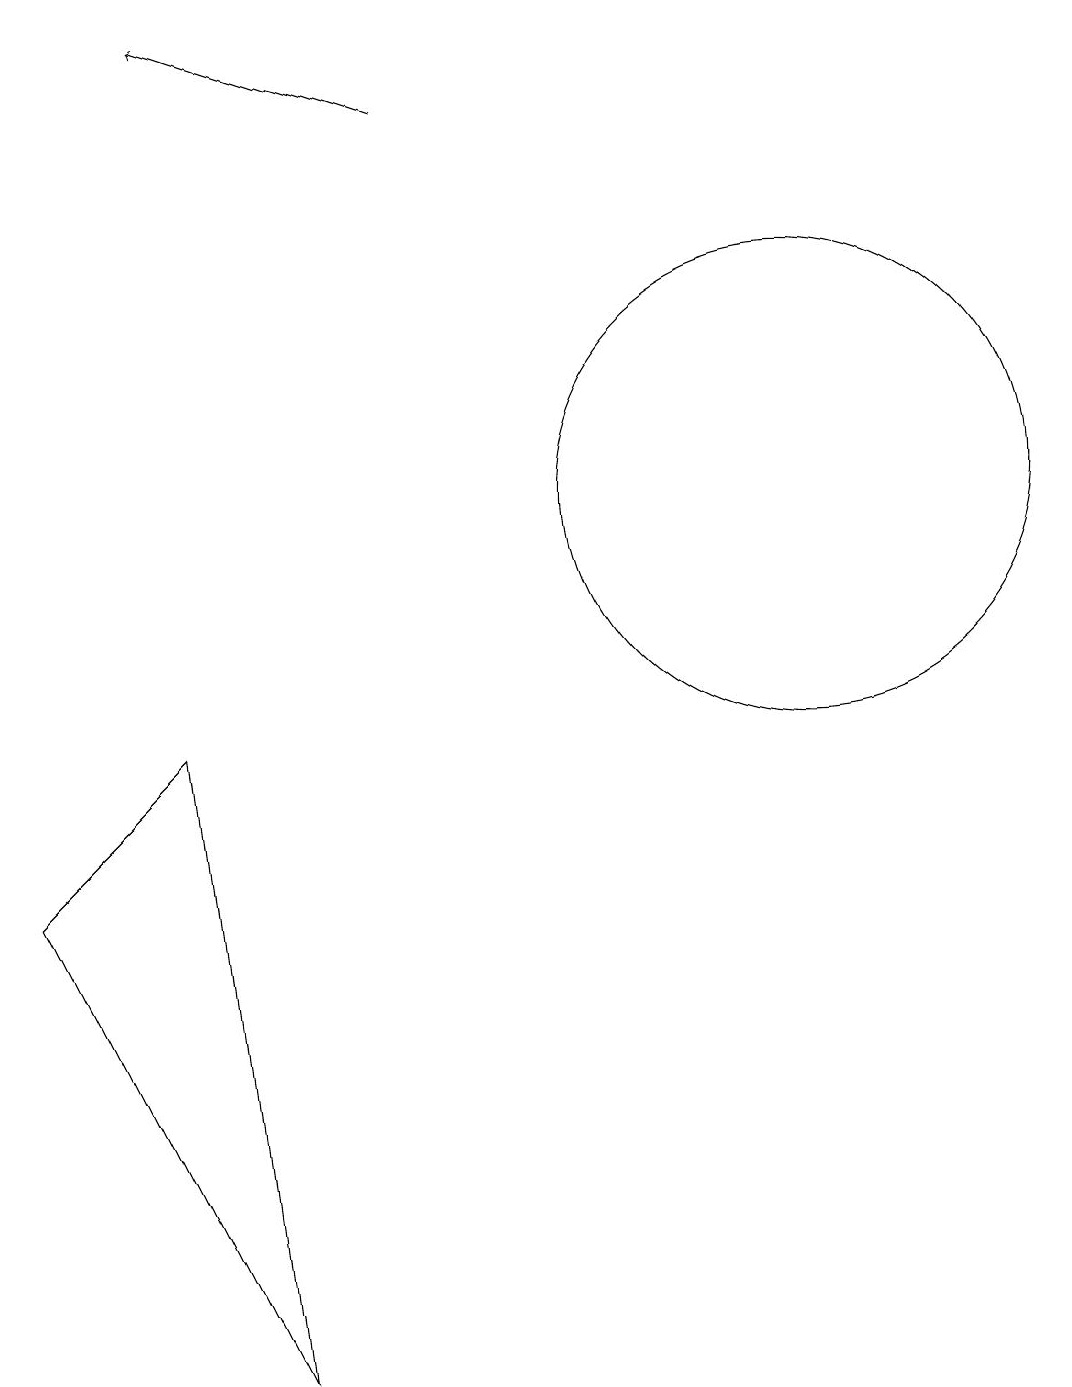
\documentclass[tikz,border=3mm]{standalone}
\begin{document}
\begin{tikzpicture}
\draw (4,0) -- (3,8) -- (1,6) -- cycle;
\draw[->] (6,16) -- (3,17);
\draw (11,11) circle (3);
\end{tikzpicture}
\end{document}